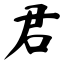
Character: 君